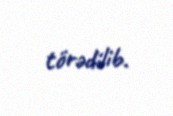
törədilib.